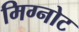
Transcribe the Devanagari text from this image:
मिग्नोट